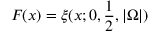
F ( x ) = \xi ( x ; 0 , \frac { 1 } { 2 } , | \Omega | )